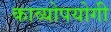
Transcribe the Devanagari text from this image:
काव्योपयोगी